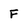
Character: F